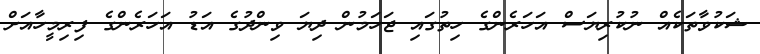
ޝަކުވާތަކެއް ނުކުރިޔަސް އަހަރެންގެ ހިތުގައި ޖަހަމުން ދިޔަ ވިންދުގެ އަޑު އަހަރެންގެ ފިރިމީހާއަށް